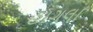
હાગલા